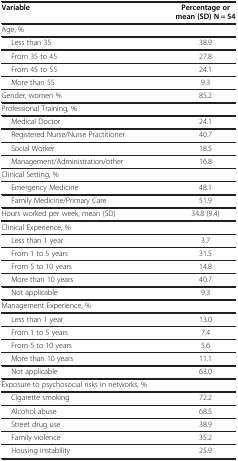
<table><thead><tr><td><b>Variable</b></td><td><b>Percentage or mean (SD) N = 54</b></td></tr></thead><tbody><tr><td>Age, %</td><td> </td></tr><tr><td>Less than 35</td><td>38.9</td></tr><tr><td>From 35 to 45</td><td>27.8</td></tr><tr><td>From 45 to 55</td><td>24.1</td></tr><tr><td>More than 55</td><td>9.3</td></tr><tr><td>Gender, women %</td><td>85.2</td></tr><tr><td>Professional Training, %</td><td> </td></tr><tr><td>Medical Doctor</td><td>24.1</td></tr><tr><td>Registered Nurse/Nurse Practitioner</td><td>40.7</td></tr><tr><td>Social Worker</td><td>18.5</td></tr><tr><td>Management/Administration/other</td><td>16.8</td></tr><tr><td>Clinical Setting, %</td><td> </td></tr><tr><td>Emergency Medicine</td><td>48.1</td></tr><tr><td>Family Medicine/Primary Care</td><td>51.9</td></tr><tr><td>Hours worked per week, mean (SD)</td><td>34.8 (9.4)</td></tr><tr><td>Clinical Experience, %</td><td> </td></tr><tr><td>Less than 1 year</td><td>3.7</td></tr><tr><td>From 1 to 5 years</td><td>31.5</td></tr><tr><td>From 5 to 10 years</td><td>14.8</td></tr><tr><td>More than 10 years</td><td>40.7</td></tr><tr><td>Not applicable</td><td>9.3</td></tr><tr><td>Management Experience, %</td><td> </td></tr><tr><td>Less than 1 year</td><td>13.0</td></tr><tr><td>From 1 to 5 years</td><td>7.4</td></tr><tr><td>From 5 to 10 years</td><td>5.6</td></tr><tr><td>More than 10 years</td><td>11.1</td></tr><tr><td>Not applicable</td><td>63.0</td></tr><tr><td>Exposure to psychosocial risks in networks, %</td><td> </td></tr><tr><td>Cigarette smoking</td><td>72.2</td></tr><tr><td>Alcohol abuse</td><td>68.5</td></tr><tr><td>Street drug use</td><td>38.9</td></tr><tr><td>Family violence</td><td>35.2</td></tr><tr><td>Housing instability</td><td>25.9</td></tr></tbody></table>